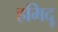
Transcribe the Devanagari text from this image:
हमिदू